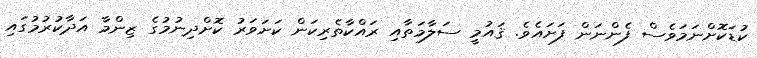
ކުޑަކޮށްނަމަވެސް ފެންނަން ފަށައެވެ. ޤައުމީ ސަލާމަތާއި ރައްކާތެރިކަން ކަށަވަރު ކޮށްދިނުމުގެ ޒިންމާ އަދާކުރުމުގައި